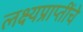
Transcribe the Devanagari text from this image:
लक्ष्यप्राप्तींचे